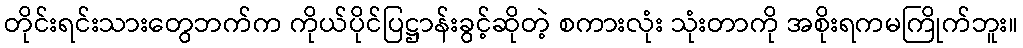
တိုင်းရင်းသားတွေဘက်က ကိုယ်ပိုင်ပြဋ္ဌာန်းခွင့်ဆိုတဲ့ စကားလုံး သုံးတာကို အစိုးရကမကြိုက်ဘူး။